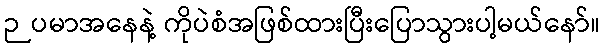
ဉပမာအနေနဲ့ ကိုပဲစံအဖြစ်ထားပြီးပြောသွားပါ့မယ်နော်။